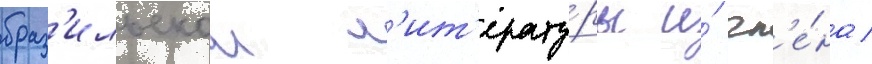
браз'ильскои л'ит'ерату́ры и́ чл'е́на